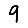
Digit: 9